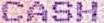
CASH